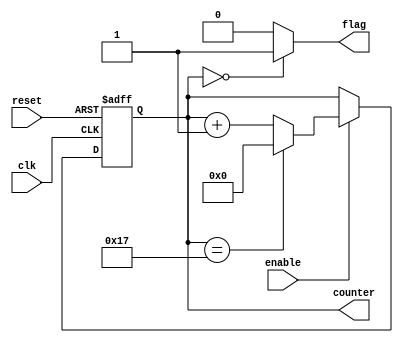


module Counter_With_Parameter
#(
	// Parameter Declarations
	parameter MAXIMUM_VALUE = 5'b11000,
	parameter NBITS = CeilLog2(MAXIMUM_VALUE),
	parameter INIT_VALUE = 5'b00001
)

(
	// Input Ports
	input clk,
	input reset,
	input enable,
	
	// Output Ports
	output flag,
	output[NBITS - 1:0] counter
);

reg MaxValue_Bit;

reg [NBITS-1 : 0] counter_reg;


//wire init_value_wire;
//
//assign init_value_wire = init_value;

/*********************************************************************************************/

	always@(posedge clk or negedge reset) begin
		if (reset == 1'b0)
			counter_reg <= INIT_VALUE;
		else begin
				if(enable == 1'b1) begin
					if(counter_reg == MAXIMUM_VALUE - 1)
						counter_reg <= 1'b0;
					else
						counter_reg <= counter_reg + 1'b1;
						
				end
		end
	end


always@(counter_reg)
	if(counter_reg == 0)
		MaxValue_Bit = 1;
	else
		MaxValue_Bit = 0;
		

		
/*********************************************************************************************/
assign flag = MaxValue_Bit;
assign counter = counter_reg;


/*********************************************************************************************/
/*********************************************************************************************/
   
 /*Log Function*/
     function integer CeilLog2;
       input integer data;
       integer i,result;
       begin
          for(i=0; 2**i < data; i=i+1)
             result = i + 1;
          CeilLog2 = result;
       end
    endfunction

/*********************************************************************************************/
endmodule